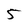
Character: 5